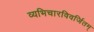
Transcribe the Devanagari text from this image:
व्यभिचारविवर्जितम्